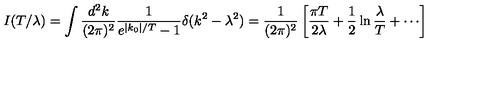
I ( T / \lambda ) = \int \frac { d ^ { 2 } k } { ( 2 \pi ) ^ { 2 } } \frac { 1 } { e ^ { | k _ { 0 } | / T } - 1 } \delta ( k ^ { 2 } - \lambda ^ { 2 } ) = \frac { 1 } { ( 2 \pi ) ^ { 2 } } \left[ \frac { \pi T } { 2 \lambda } + \frac { 1 } { 2 } \ln \frac { \lambda } { T } + \cdots \right]